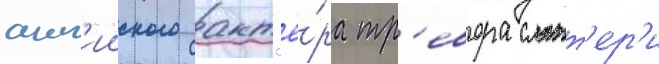
англ'ииского акт'ё́ра тр'евора слэтт'ер'и